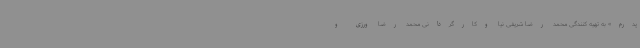
پدرم» به تهیه کنندگی محمد رضا شریفی نیا وکارگردانی محمد رضا ورزی و